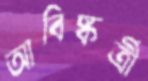
আবিষ্কর্ত্রী